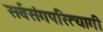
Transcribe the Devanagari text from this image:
सर्वसंगपरित्यागी